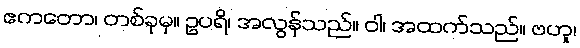
ဧကတော၊ တစ်ခုမှ။ ဥပရိ၊ အလွန်သည်။ ဝါ၊ အထက်သည်။ ဗဟူ၊